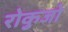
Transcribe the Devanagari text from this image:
रोकुजो